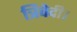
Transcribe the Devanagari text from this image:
त्रिवेदी।